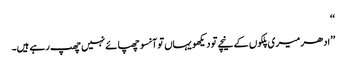
‘‘
’’ادھر میری پلکوں کے نیچے تو دیکھو یہاں تو آنسو چھپائے نہیں چھپ رہے ہیں۔